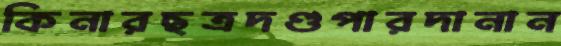
কিনারছত্রদণ্ডপারদানান